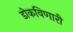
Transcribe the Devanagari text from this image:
डोकविणारी